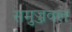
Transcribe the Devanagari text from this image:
समुज्जवल